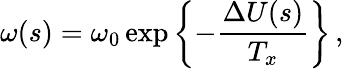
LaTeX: \omega(s)=\omega_{0}\exp\left\{ -\frac{\Delta U(s)}{T_{x}}\right\} \, ,